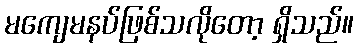
မကျေမနပ်ဖြစ်သလိုတော့ ရှိသည်။